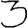
Digit: 3